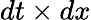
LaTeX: dt\times dx